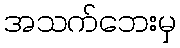
အသက်ဘေးမှ